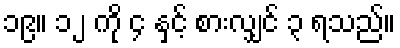
၁၉။ ၁၂ ကို ၄ နှင့် စားလျှင် ၃ ရသည်။